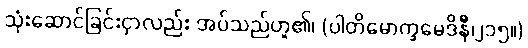
သုံးဆောင်ခြင်းငှာလည်း အပ်သည်ဟူ၏၊ (ပါတိမောက္ခမေဒိနီ၊၂၁၅။)